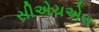
સીએચએલ